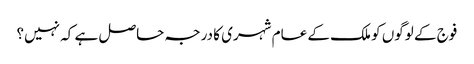
فوج کے لوگوں کو ملک کے عام شہری کا درجہ حاصل ہے کہ نہیں؟